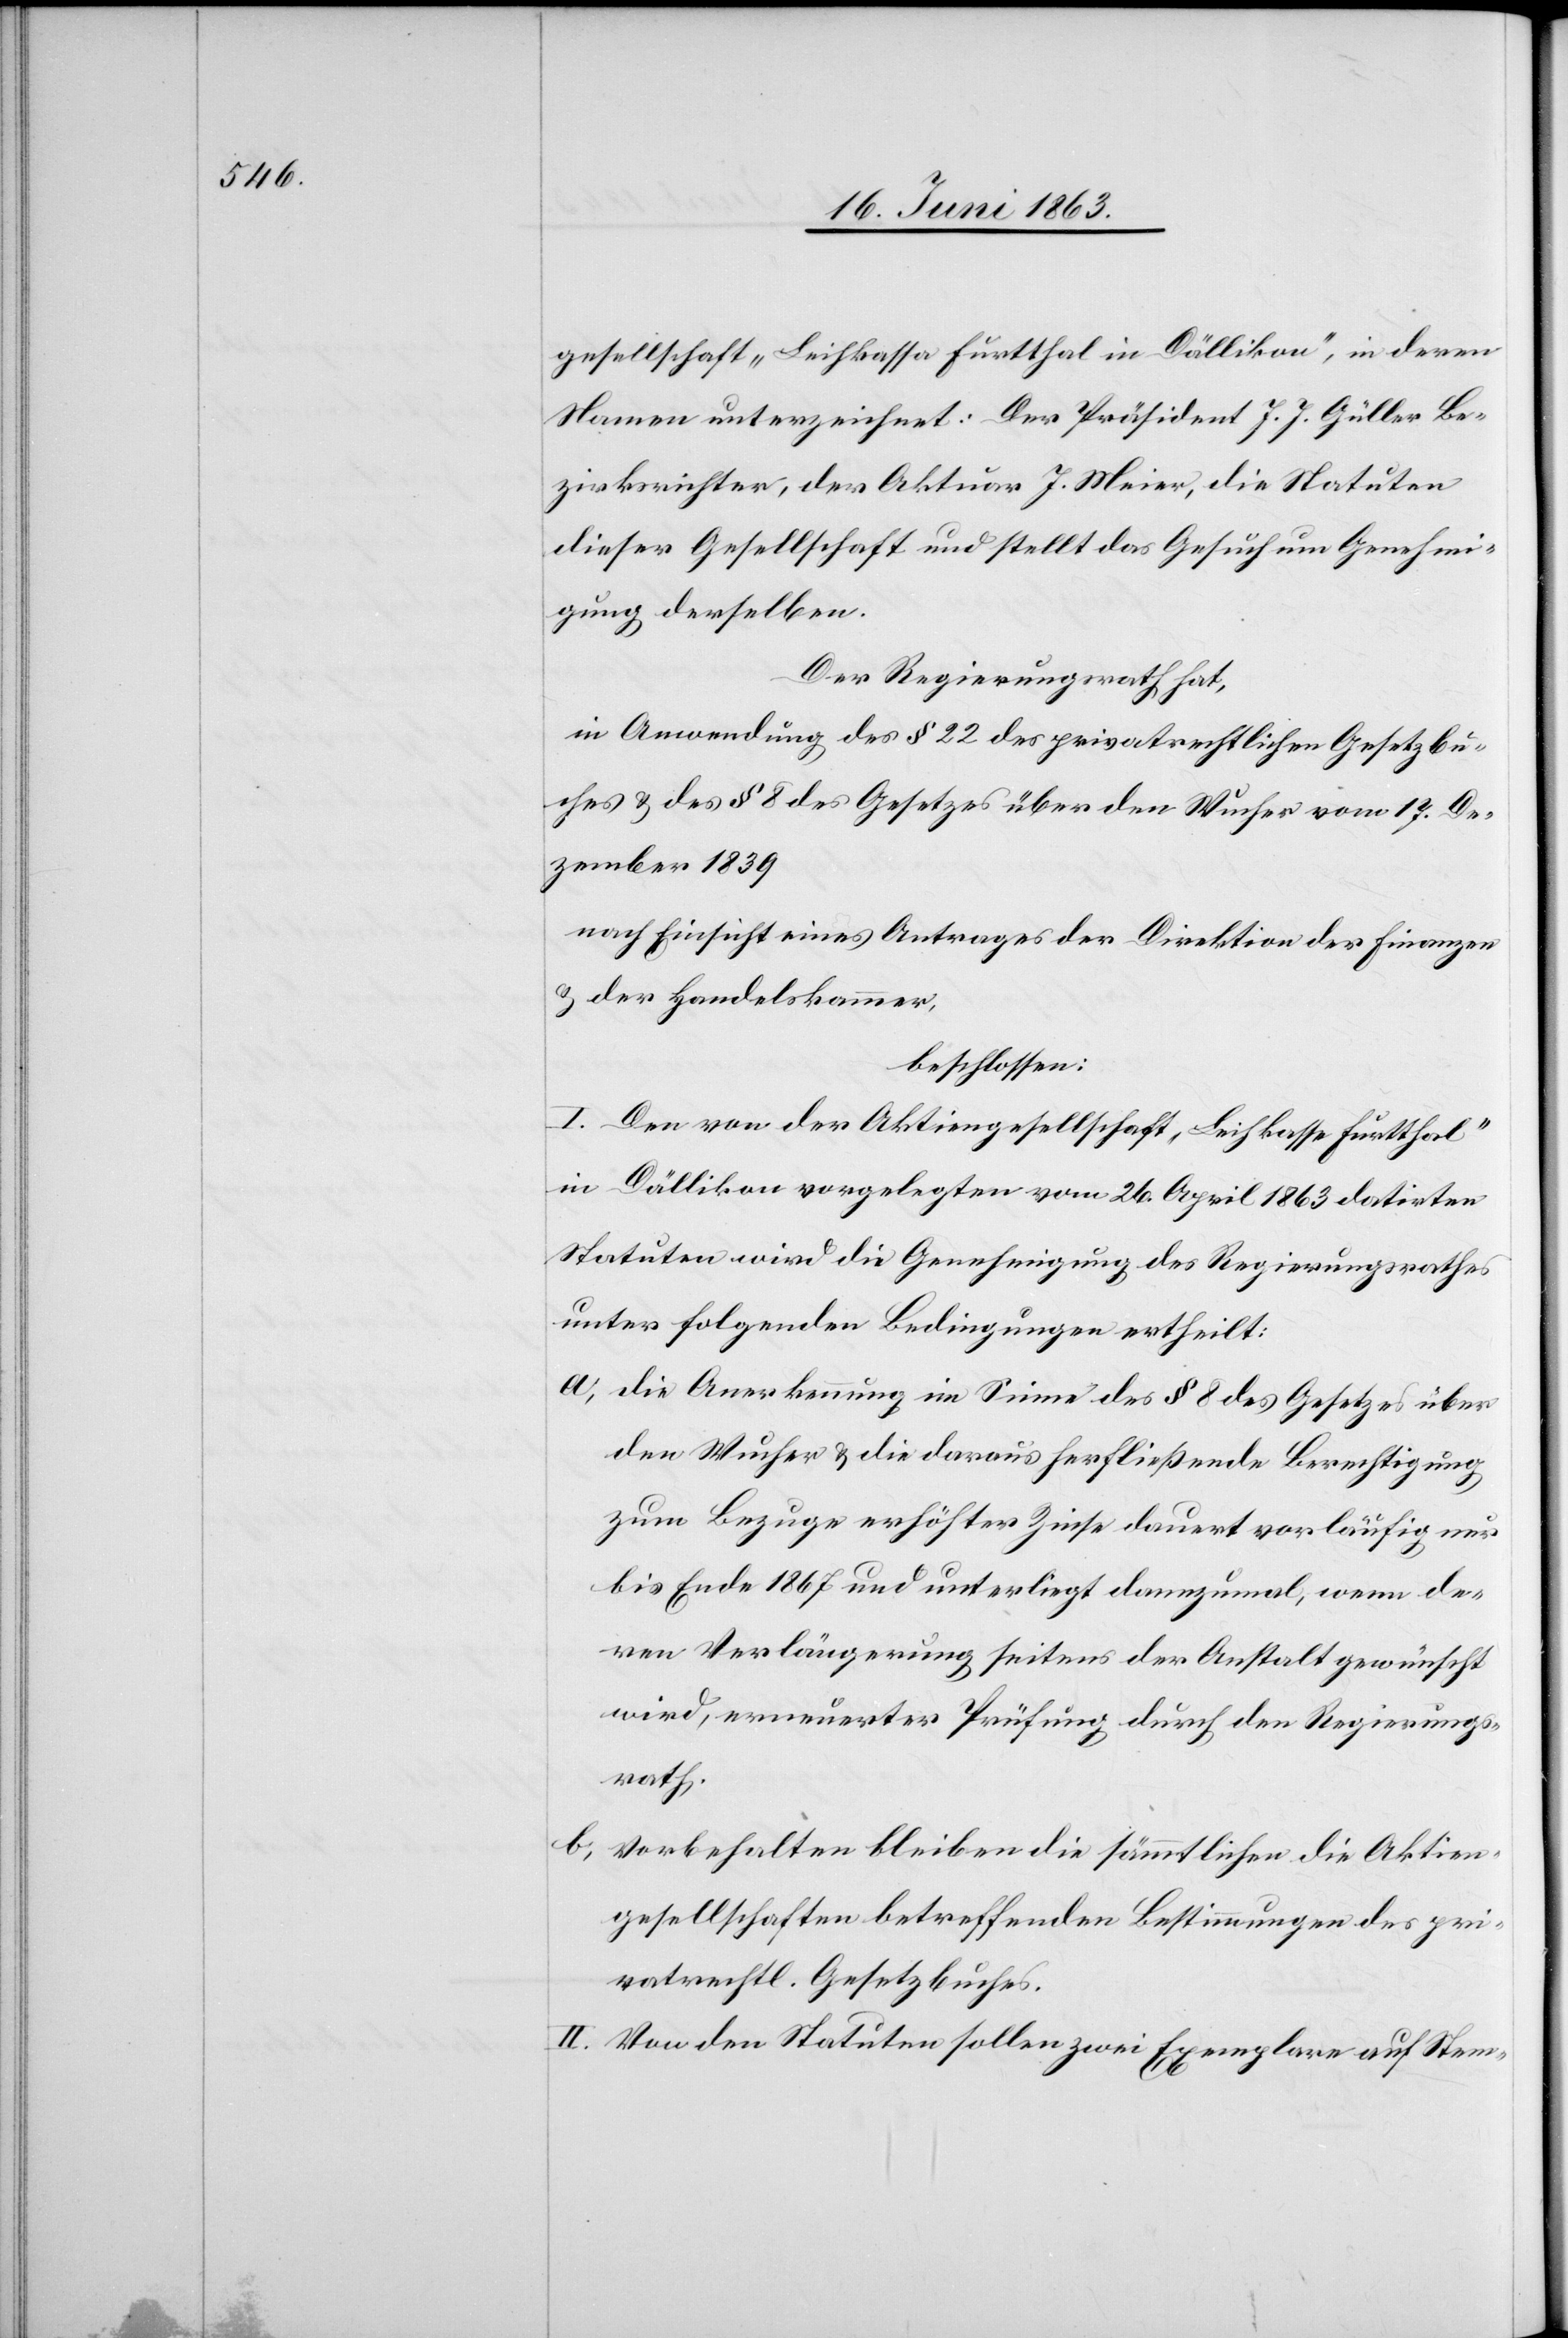
gesellschaft „Leihkassa Furtthal in Dällikon“, in deren
Namen unterzeichnet: Der Präsident J. J. Güller Be¬
zirksrichter, der Aktuar J. Meier, die Statuten
dieser Gesellschaft und stellt das Gesuch um Genehmi¬
gung derselben.
Der Regierungsrath hat,
in Anwendung des § 22 des privatrechtlichen Gesetzbu¬
ches & des § 8 des Gesetzes über den Wucher vom 17. De¬
zember 1839
nach Einsicht eines Antrages der Direktion der Finanzen
& der Handelskammer,
beschlossen:
I. Den von der Aktiengesellschaft „Leihkasse Furtthal“
in Dällikon vorgelegten vom 26. April 1863 datirten
Statuten wird die Genehmigung des Regierungsrathes
unter folgenden Bedingungen ertheilt:
a) die Anerkennung im Sinne des § 8 des Gesetzes über
den Wucher & die daraus herfließende Berechtigung
zum Bezuge erhöhter Zinse dauert vorläufig nur
bis Ende 1867 und unterliegt dannzumal, wenn de¬
ren Verlängerung seitens der Anstalt gewünscht
wird, erneuerter Prüfung durch den Regierungs¬
rath.
b) vorbehalten bleiben die sämmtlichen die Aktien¬
gesellschaften betreffenden Bestimmungen des pri¬
vatrechtl. Gesetzbuches.
II. Von den Statuten sollen zwei Exemplare auf Stem-